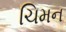
ચિમન